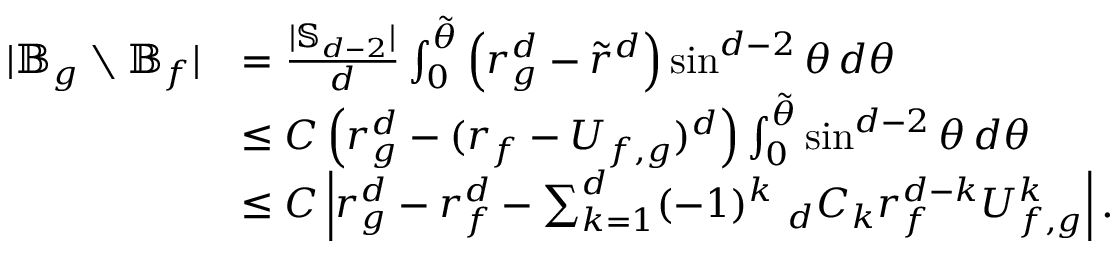
\begin{array} { r l } { | \mathbb { B } _ { g } \setminus \mathbb { B } _ { f } | } & { = \frac { | \mathbb { S } _ { d - 2 } | } { d } \int _ { 0 } ^ { \tilde { \theta } } \left( r _ { g } ^ { d } - \tilde { r } ^ { d } \right) \sin ^ { d - 2 } \theta \, d \theta } \\ & { \le C \left( r _ { g } ^ { d } - ( r _ { f } - U _ { f , g } ) ^ { d } \right) \int _ { 0 } ^ { \tilde { \theta } } \sin ^ { d - 2 } \theta \, d \theta } \\ & { \le C \left| r _ { g } ^ { d } - r _ { f } ^ { d } - \sum _ { k = 1 } ^ { d } ( - 1 ) ^ { k } \ _ { d } C _ { k } r _ { f } ^ { d - k } U _ { f , g } ^ { k } \right| . } \end{array}